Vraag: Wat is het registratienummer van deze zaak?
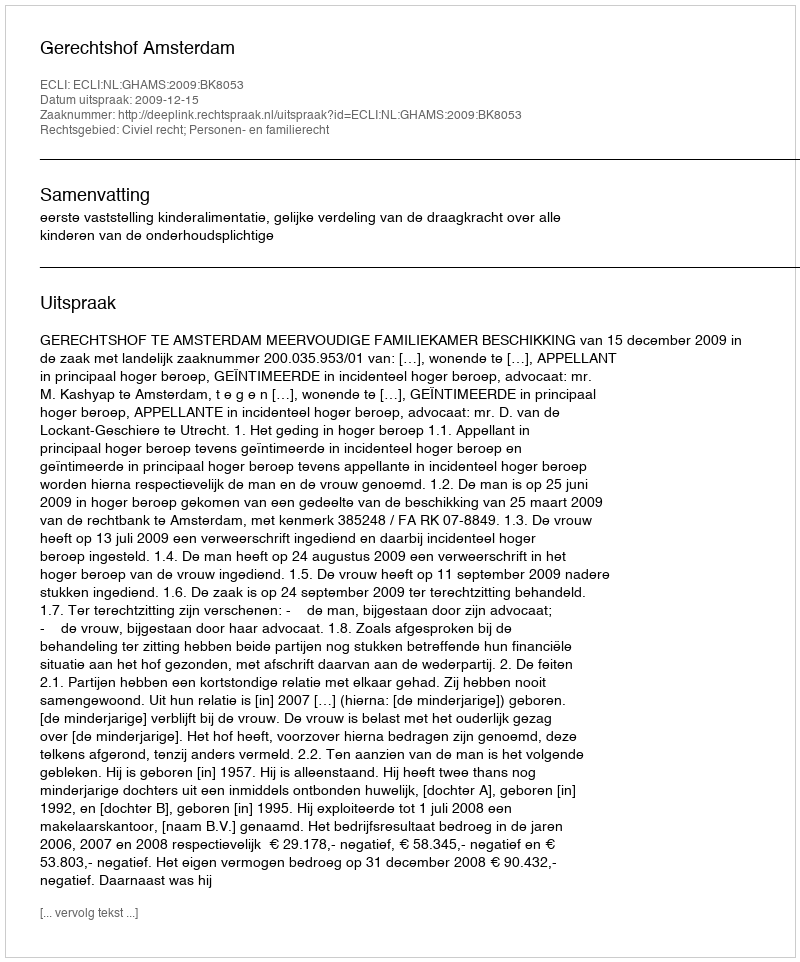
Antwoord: http://deeplink.rechtspraak.nl/uitspraak?id=ECLI:NL:GHAMS:2009:BK8053